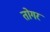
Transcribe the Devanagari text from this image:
तोगर